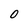
Character: 0